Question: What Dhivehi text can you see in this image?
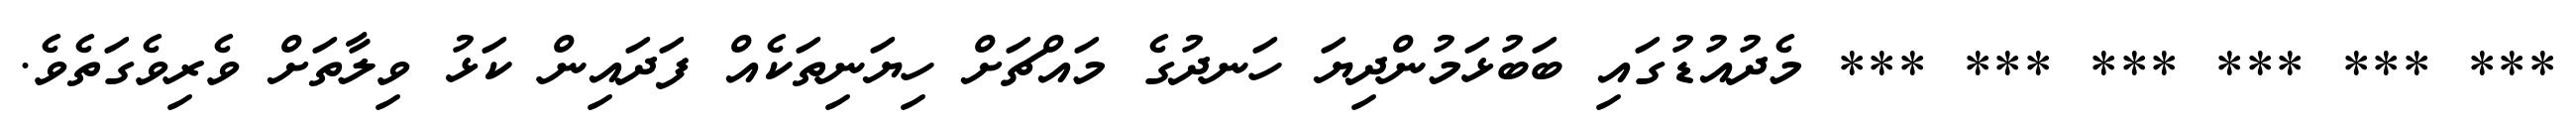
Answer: *** *** *** *** *** *** މެދުއުޑުގައި ބަބުޅަމުންދިޔަ ހަނދުގެ މައްޗަށް ހިޔަނިތަކެއް ފަދައިން ކަޅު ވިލާތަށް ވެރިވެގަތެވެ.